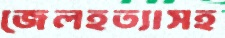
জেলহত্যাসহ